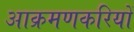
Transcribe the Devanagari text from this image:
आक्रमणकरियों